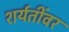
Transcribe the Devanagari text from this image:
शर्यतींवर